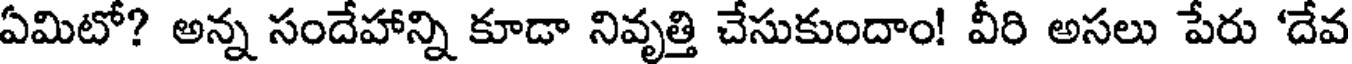
ఏమిటో? అన్న సందేహాన్ని కూడా నివృత్తి చేసుకుందాం! వీరి అసలు పేరు 'దేవ